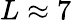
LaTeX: L\approx 7